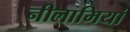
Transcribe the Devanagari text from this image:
नीलामियां